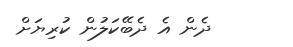
ދެން އެެ ދެބޭކަލުން ކުރިޔަށް